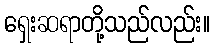
ရှေးဆရာတို့သည်လည်း။